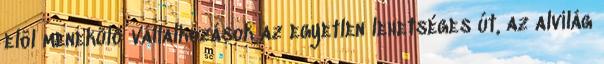
elöl menekülő vállalkozások az egyetlen lehetséges út, az alvilág